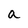
Character: a